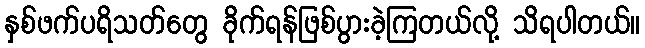
နှစ်ဖက်ပရိသတ်တွေ ခိုက်ရန်ဖြစ်ပွားခဲ့ကြတယ်လို့ သိရပါတယ်။